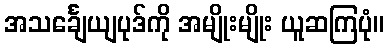
အသင်္ချေယျပုဒ်ကို အမျိုးမျိုး ယူဆကြပုံ။